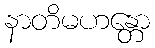
နာတိမဟန္တော